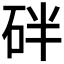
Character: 𥑍